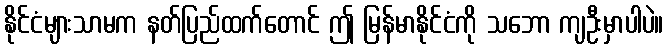
နိုင်ငံများသာမက နတ်ပြည်ထက်တောင် ဤ မြန်မာနိုင်ငံကို သဘော ကျဦးမှာပါပဲ။